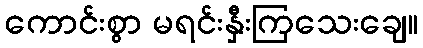
ကောင်းစွာ မရင်းနှီးကြသေးချေ။